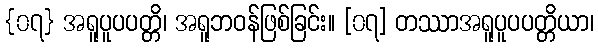
{၀၇} အရူပူပပတ္တိ၊ အရူဘဝန်ဖြစ်ခြင်း။ [၀၇] တဿာအရူပူပပတ္တိယာ၊